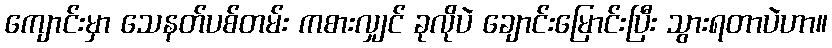
ကျောင်းမှာ သေနတ်ပစ်တမ်း ကစားလျှင် ခုလိုပဲ ချောင်းမြောင်းပြီး သွားရတာပဲဟာ။